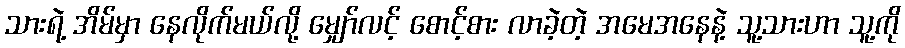
သားရဲ့ အိမ်မှာ နေလိုက်မယ်လို့ မျှော်လင့် စောင့်စား လာခဲ့တဲ့ အမေအနေနဲ့ သူ့သားဟာ သူ့ကို